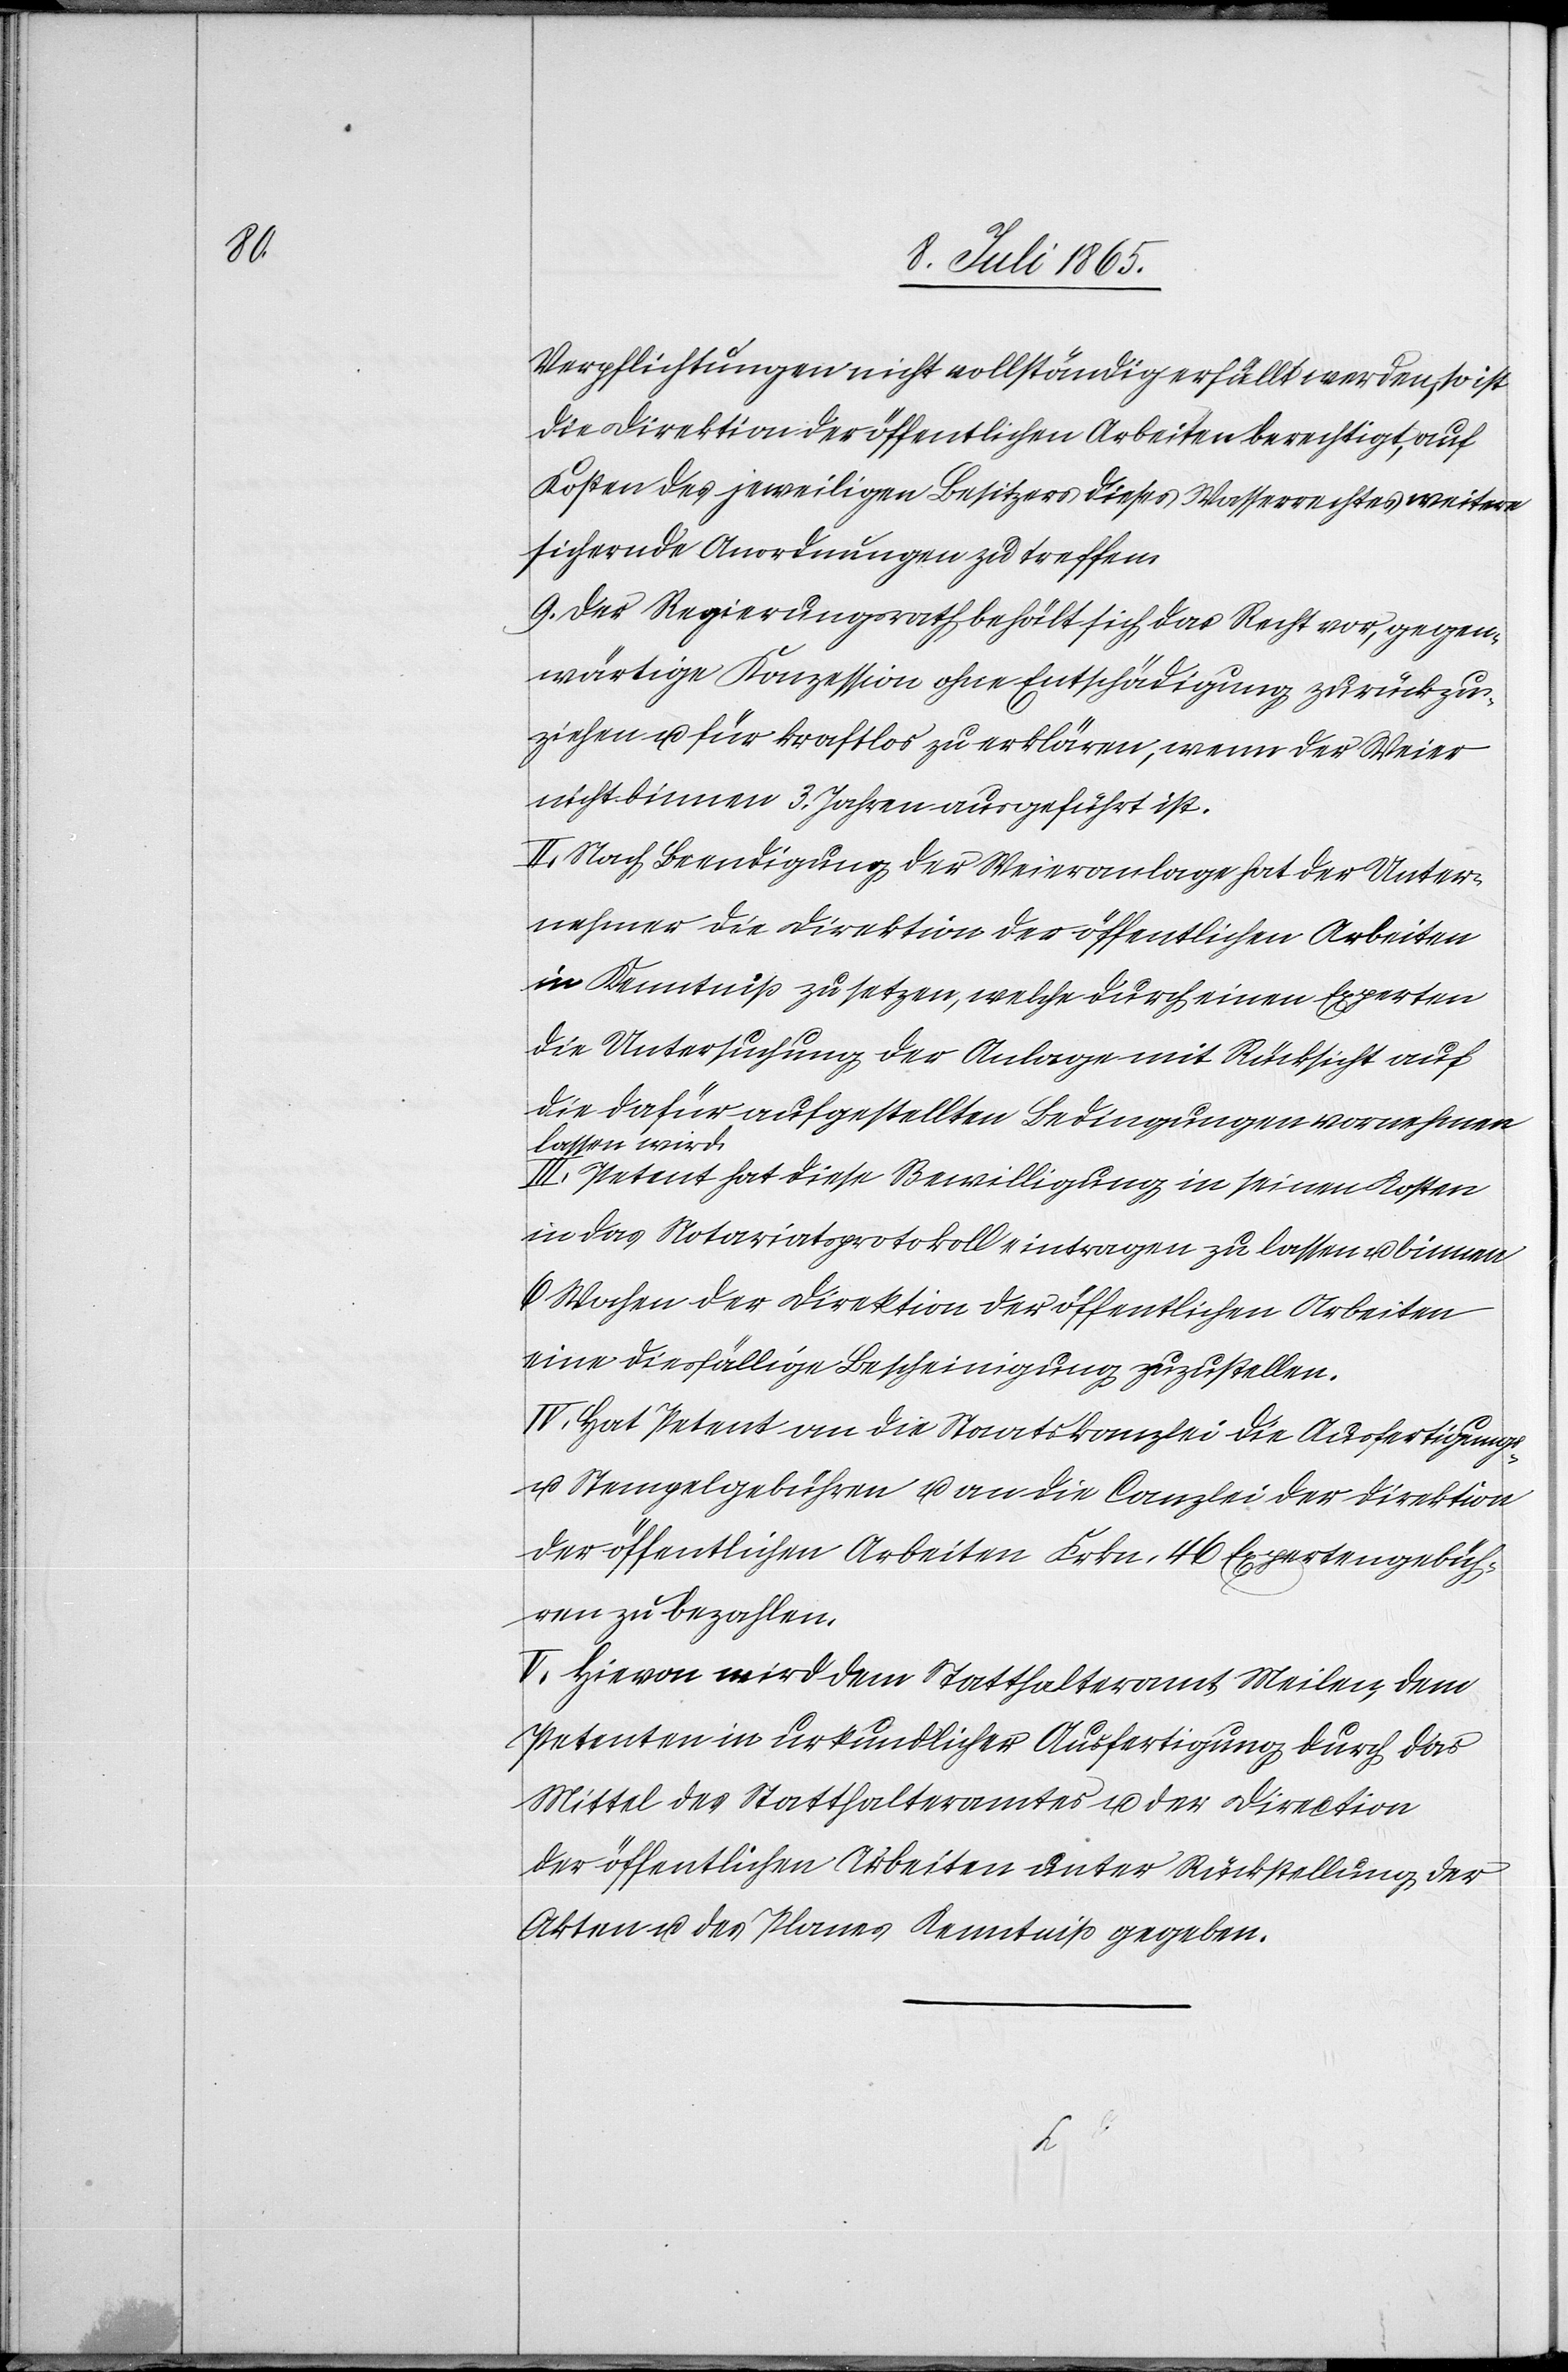
Verpflichtungen nicht vollständig erfüllt werden, so ist
die Direktion der öffentlichen Arbeiten berechtigt, auf
Kosten des jeweiligen Besitzers dieses Wasserrechtes weitere
sichernde Anordnungen zu treffen.
9. Der Regierungsrath behält sich das Recht vor, gegen¬
wärtige Konzession ohne Entschädigung zurückzu¬
ziehen u. für kraftlos zu erklären, wenn der Weier
nicht binnen 3. Jahren ausgeführt ist.
II. Nach Beendigung der Weieranlage hat der Unter¬
nehmer die Direktion der öffentlichen Arbeiten
in Kenntniß zu setzen, welche durch einen Experten
die Untersuchung der Anlagen mit Rücksicht auf
die dafür aufgestellten Bedingungen vornehmen
lassen wird.
III. Petent hat diese Bewilligung in seinen Kosten
in das Notariatsprotokoll eintragen zu lassen u. binnen
Wochen der Direktion der öffentlichen Arbeiten
eine diesfällige Bescheinigung zuzustellen.
IV. Hat Petent an die Staatskanzlei die Ausfertigungs-
u. Stempelgebühren u. an die Canzlei der Direktion
der öffentlichen Arbeiten Frkn. 46 Expertengebüh¬
ren zu bezahlen.
V. Hievon wird dem Statthalteramt Meilen, dem
Petenten in urkundlicher Ausfertigung durch das
Mittel des Statthalteramtes u. der Direction
der öffentlichen Arbeiten unter Rückstellung der
Akten u. des Planes Kenntniß gegeben.